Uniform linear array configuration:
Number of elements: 4
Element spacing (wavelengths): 1
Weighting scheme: cosine
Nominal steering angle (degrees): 30
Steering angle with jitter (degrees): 30.716
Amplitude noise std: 0.05
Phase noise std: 0.05

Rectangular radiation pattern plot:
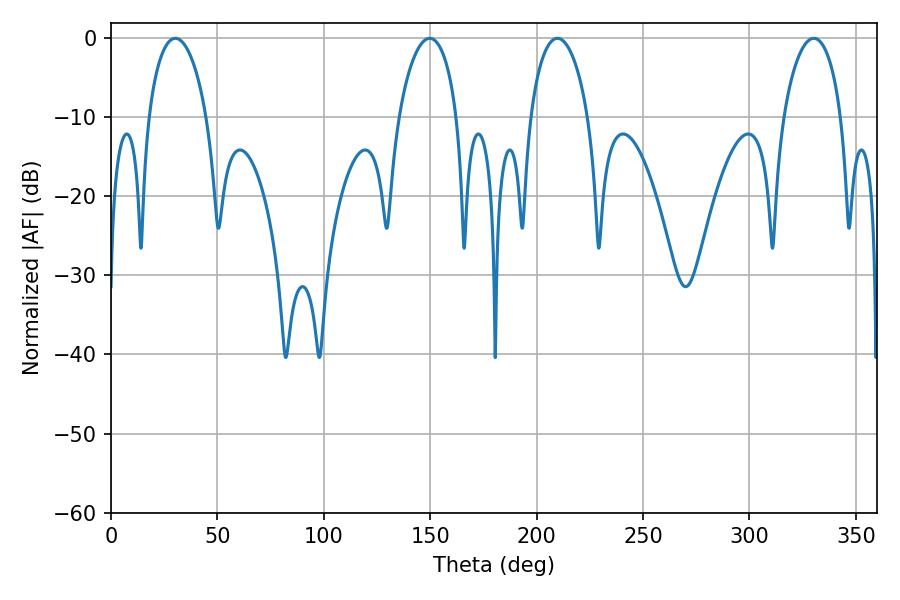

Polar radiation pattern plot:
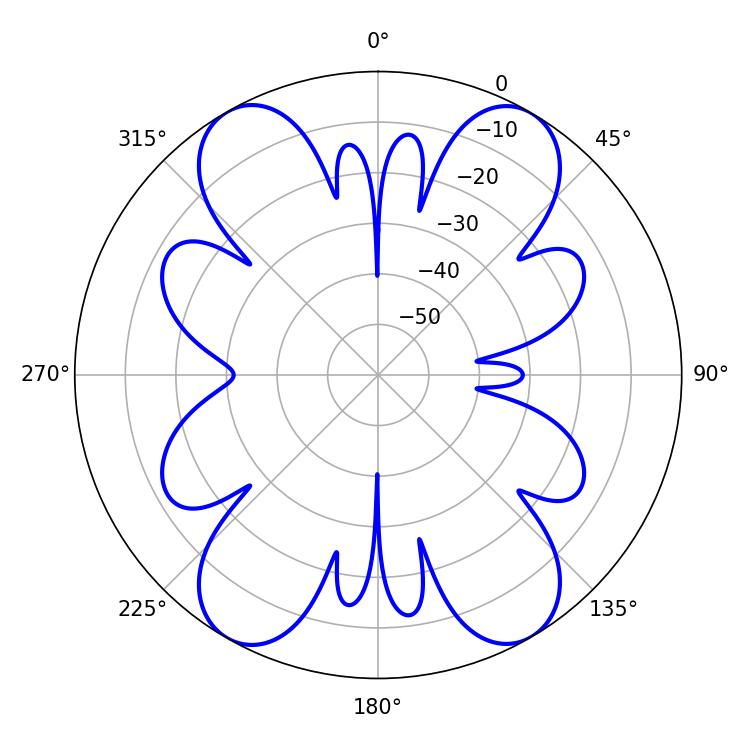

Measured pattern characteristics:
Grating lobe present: TRUE
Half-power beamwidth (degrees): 15.48
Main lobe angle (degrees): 30.24